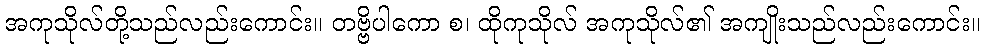
အကုသိုလ်တို့သည်လည်းကောင်း။ တဗ္ဗိပါကော စ၊ ထိုကုသိုလ် အကုသိုလ်၏ အကျိုးသည်လည်းကောင်း။